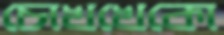
চোখখেকো